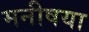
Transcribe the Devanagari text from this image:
मनीषया